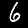
Label: 6